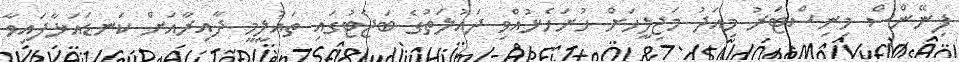
ފިނޭންސް މިނިސްޓަރު މިއަދު މަޖިލީހަށް ހުށަހެޅުއްވި ދައުލަތުގެ ބަޖެޓުގައި ތައުލީމީ ދާއިރާއަށް ކަނޑައަޅާފައިވާ